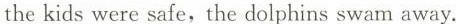
the kids were safe,the dolphins swam away.